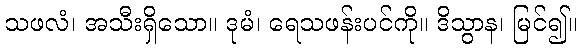
သဖလံ၊ အသီးရှိသော။ ဒုမံ၊ ရေသဖန်းပင်ကို။ ဒိသွာန၊ မြင်၍။